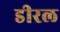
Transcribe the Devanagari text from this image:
डीरल